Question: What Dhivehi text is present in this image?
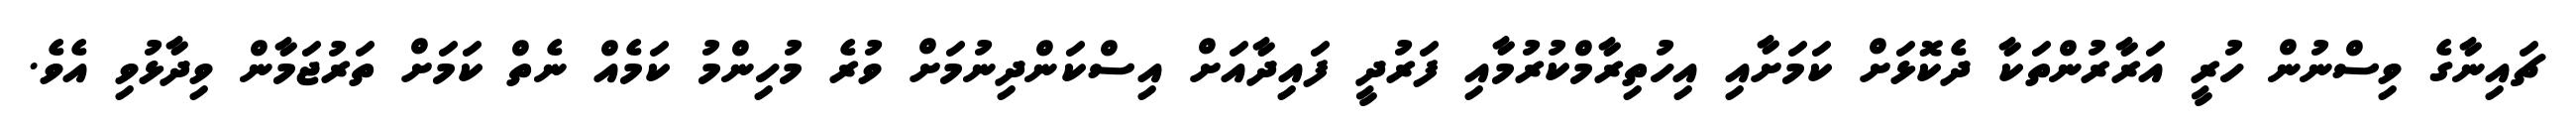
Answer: ޗައިނާގެ ވިސްނުން ހުރީ އަރާރުންތަކާ ދެކޮޅަށް ކަމަށާއި އިހުތިރާމްކުރުމާއި ފަރުދީ ފައިދާއަށް އިސްކަންދިނުމަށް ވުރެ މުހިންމު ކަމެއް ނެތް ކަމަށް ތަރުޖަމާން ވިދާޅުވި އެވެ.